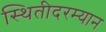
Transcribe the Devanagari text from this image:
स्थितीदरम्यान